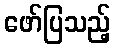
ဖော်ပြသည့်